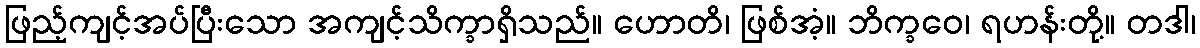
ဖြည့်ကျင့်အပ်ပြီးသော အကျင့်သိက္ခာရှိသည်။ ဟောတိ၊ ဖြစ်အံ့။ ဘိက္ခဝေ၊ ရဟန်းတို့။ တဒါ၊